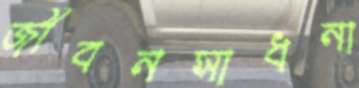
জীবনসাধনা